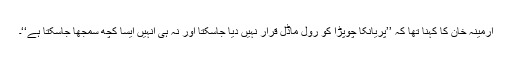
ارمینہ خان کا کہنا تھا کہ ’’پریانکا چوپڑا کو رول ماڈل قرار نہیں دیا جاسکتا اور نہ ہی انہیں ایسا کچھ سمجھا جاسکتا ہے‘‘۔